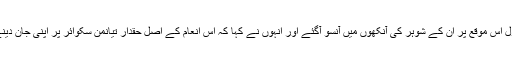
لی یو شیا کے بقول اس موقع پر ان کے شوہر کی آنکھوں میں آنسو آگئے اور انہوں نے کہا کہ اس انعام کے اصل حقدار تیانمن سکوائر پر اپنی جان دینے والے لوگ ہیں۔